Problem: 16 + 26 = ?
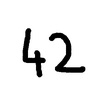
Handwritten answer: 42